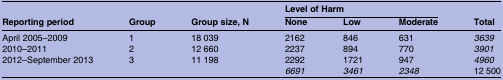
<table><thead><tr><td rowspan="2"><b>Reporting period</b></td><td rowspan="2"><b>Group</b></td><td rowspan="2"><b>Group size, N</b></td><td colspan="3"><b>Level of Harm</b></td><td rowspan="2"><b>Total</b></td></tr><tr><td><b>None</b></td><td><b>Low</b></td><td><b>Moderate</b></td></tr></thead><tbody><tr><td>April 2005–2009</td><td>1</td><td>18 039</td><td>2162</td><td>846</td><td>631</td><td><i>3639</i></td></tr><tr><td>2010–2011</td><td>2</td><td>12 660</td><td>2237</td><td>894</td><td>770</td><td><i>3901</i></td></tr><tr><td>2012–September 2013</td><td>3</td><td>11 198</td><td>2292</td><td>1721</td><td>947</td><td><i>4960</i></td></tr><tr><td></td><td></td><td></td><td><i>6691</i></td><td><i>3461</i></td><td><i>2348</i></td><td>12 500</td></tr></tbody></table>